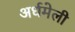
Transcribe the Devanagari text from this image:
अर्धमेली